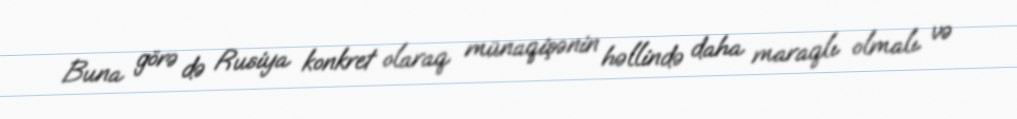
Buna görə də Rusiya konkret olaraq münaqişənin həllində daha maraqlı olmalı və